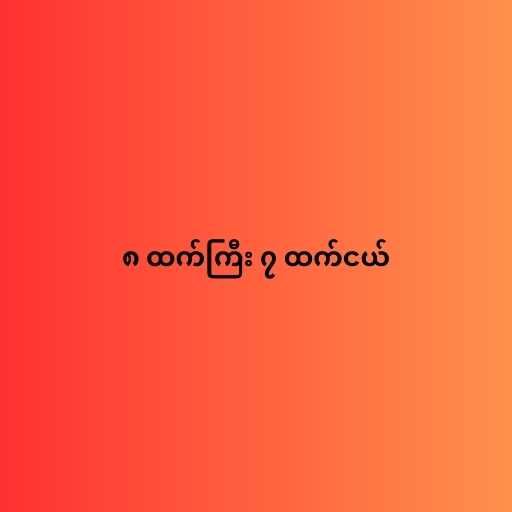
၈ ထက်ကြီး ၇ ထက်ငယ်